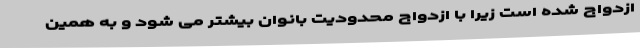
ازدواج شده است زیرا با ازدواج محدودیت بانوان بیشتر می شود و به همین